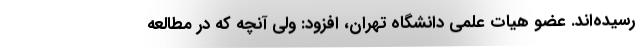
رسیده‌اند. عضو هیات علمی دانشگاه تهران، افزود: ولی آنچه که در مطالعه